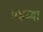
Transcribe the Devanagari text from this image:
५४व्या